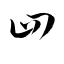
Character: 四